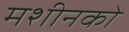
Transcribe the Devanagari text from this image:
मशीनको